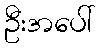
ဦးအပေါ်